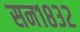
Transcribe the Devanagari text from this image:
सन१८३२